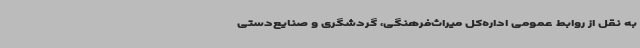
به‌ نقل از روابط عمومی اداره‌کل میراث‌فرهنگی، گردشگری و صنایع‌دستی